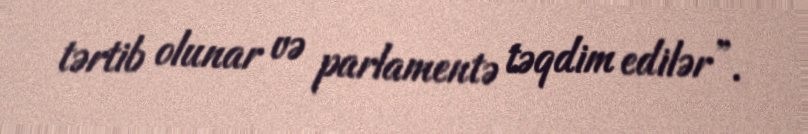
tərtib olunar və parlamentə təqdim edilər”.